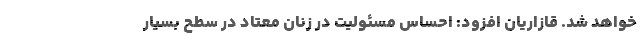
خواهد شد. قازاریان افزود: احساس مسئولیت در زنان معتاد در سطح بسیار